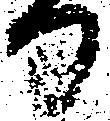
日